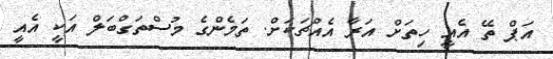
އަޕް ތޭ އެއީ ހިތަށް އަރާ އެއްޗަކަށް. ތަމެންގެ މުސްތަގްބަލް އަކީ އެއީ